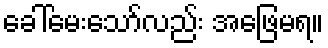
ခေါ်မေးသော်လည်း အဖြေမရ။